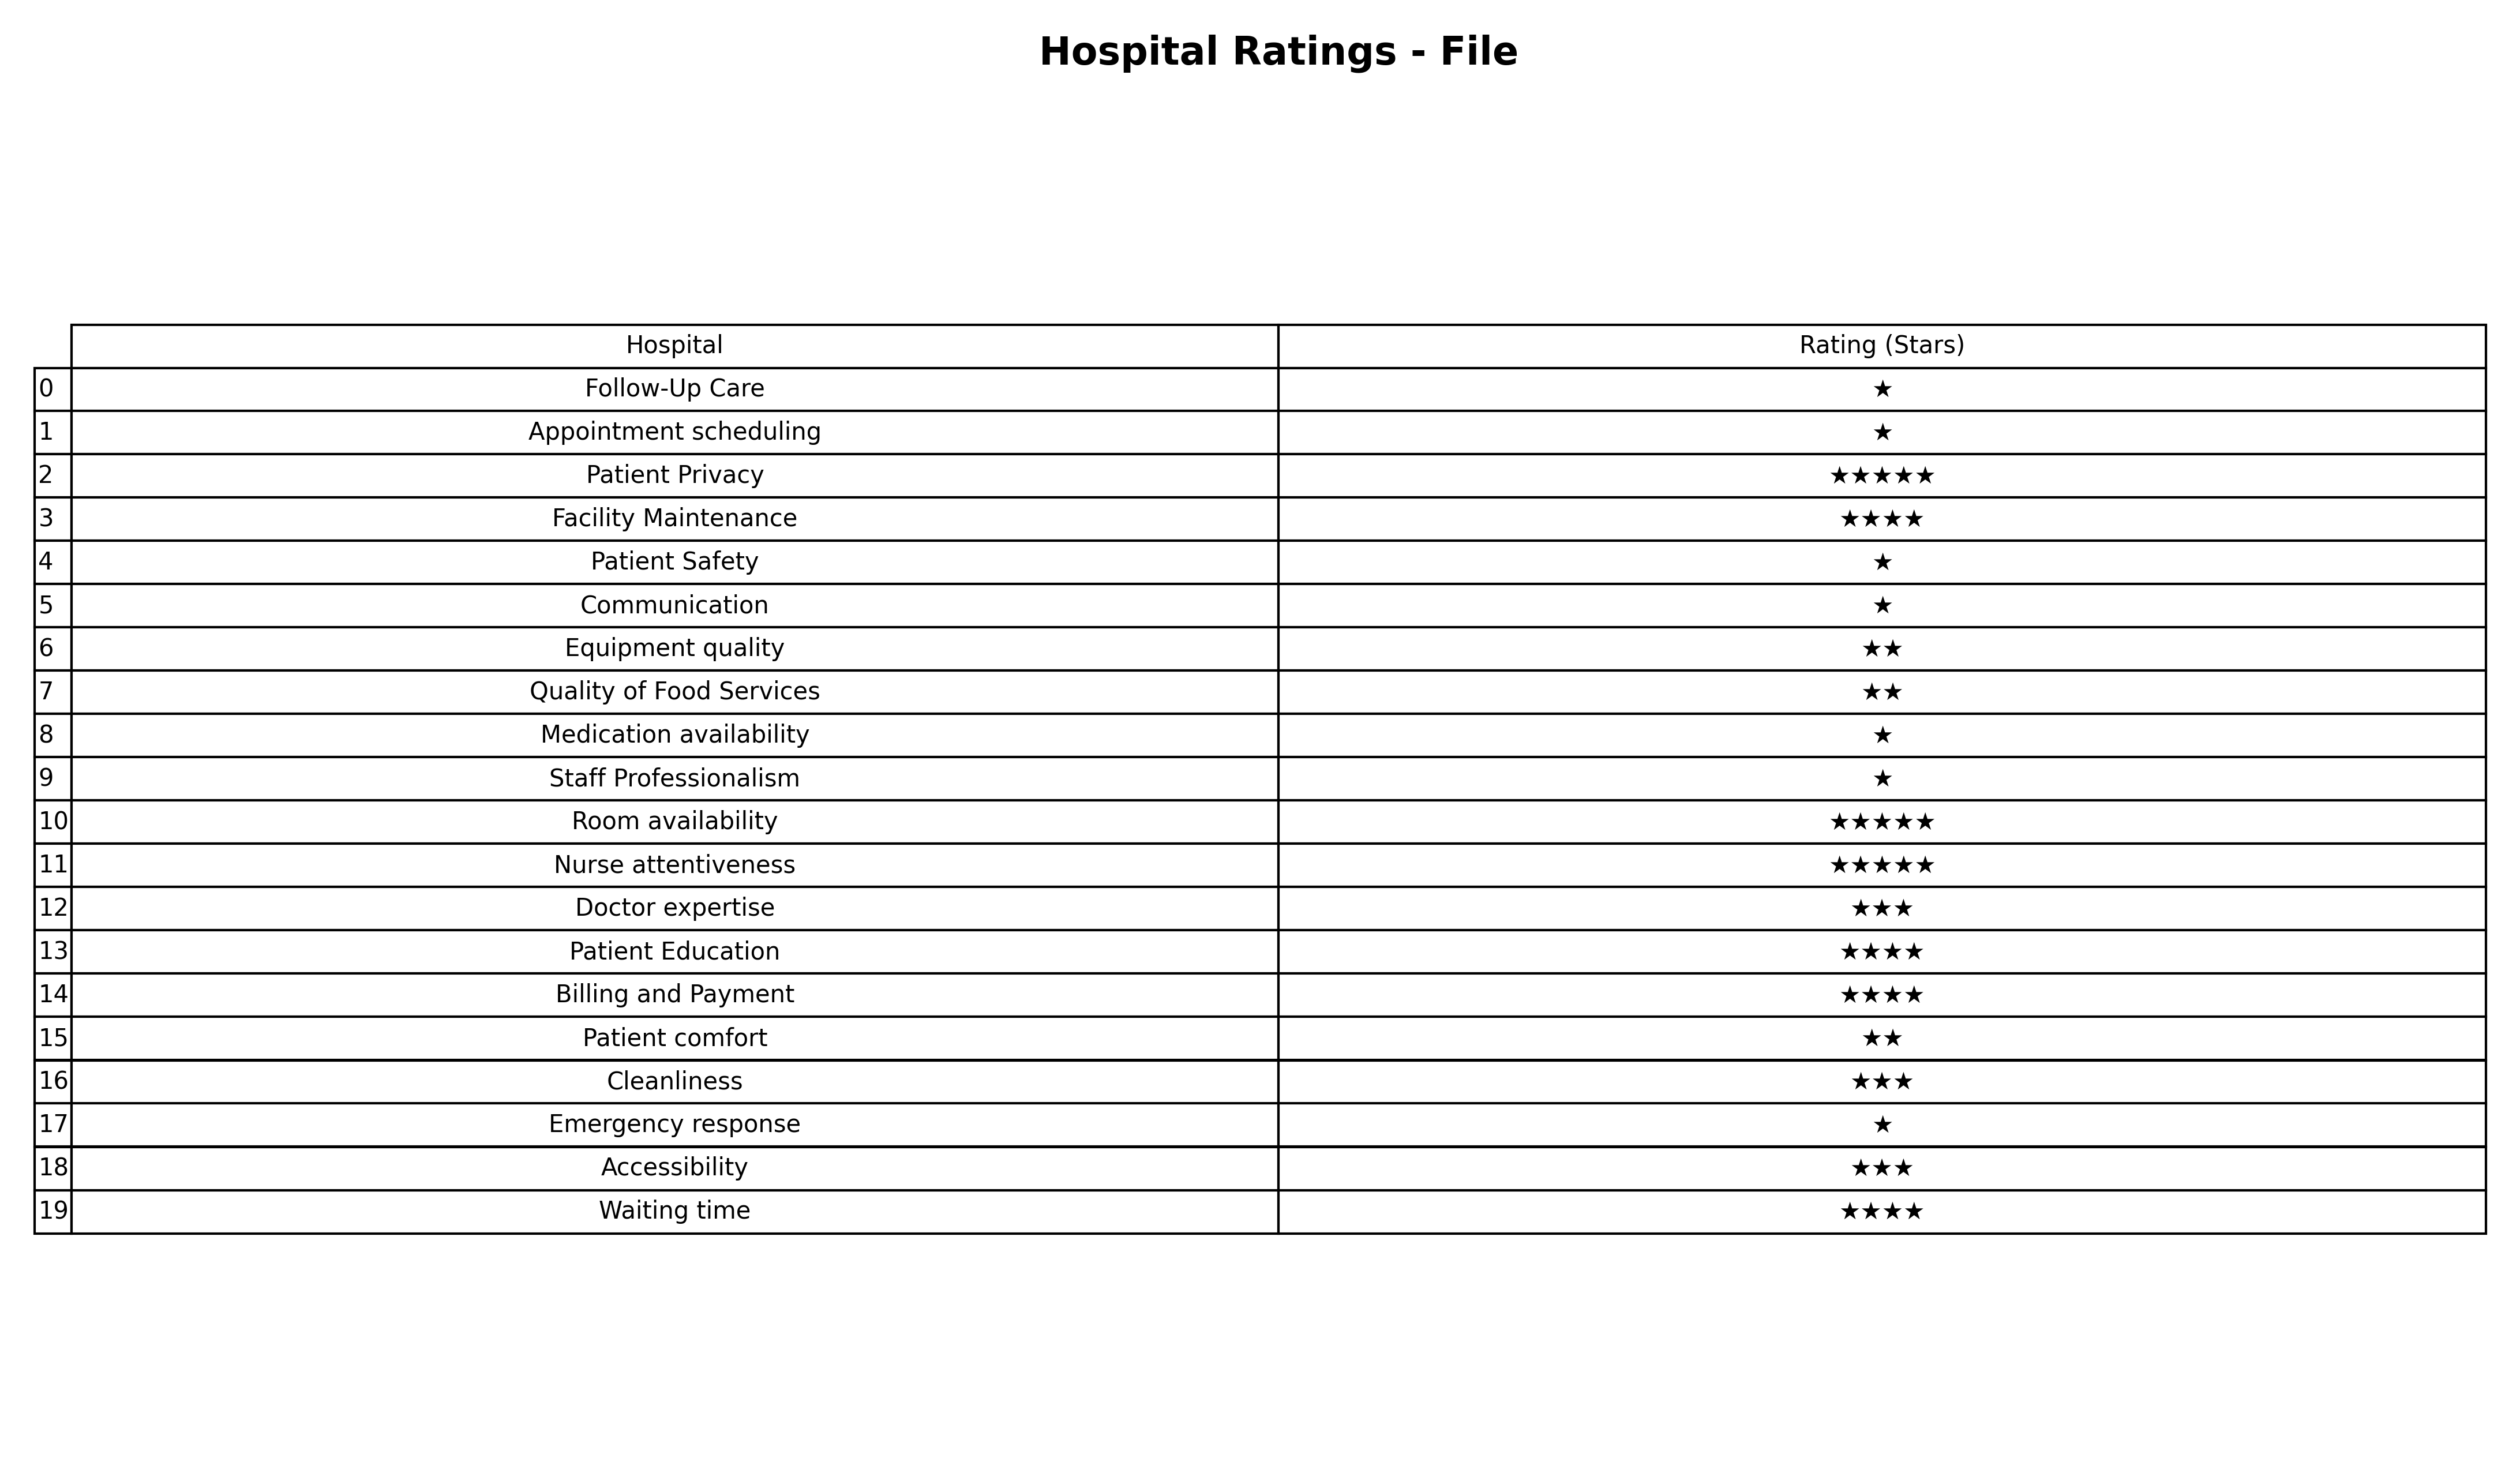
question: What are five star services?
answer: Patient PrivacyRoom availabilityNurse attentiveness